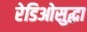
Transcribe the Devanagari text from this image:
रेडिओसुद्धा